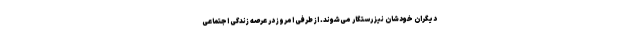
دیگران خودشان نیز رستگار می‌شوند. از طرفی امروز در عرصه زندگی اجتماعی